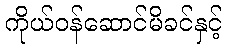
ကိုယ်ဝန်ဆောင်မိခင်နှင့်